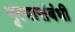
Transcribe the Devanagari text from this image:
नृत्यासंबंधी